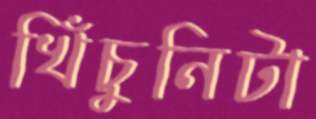
খিঁচুনিটা